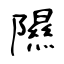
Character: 隰